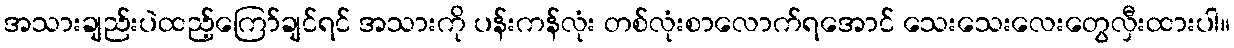
အသားချည်းပဲထည့်ကြော်ချင်ရင် အသားကို ပန်းကန်လုံး တစ်လုံးစာလောက်ရအောင် သေးသေးလေးတွေလှီးထားပါ။